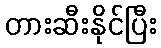
တားဆီးနိုင်ပြီး